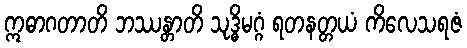
ဣဓာဂတာတိ ဘဿန္တာတိ သုဒ္ဓိမဂ္ဂံ ရတနတ္တယံ ကိလေသရဇံ